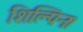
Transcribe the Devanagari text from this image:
शिल्पिनः।